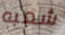
شعبه